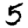
Digit: 5